Plague in India, 1896, 1897 - Volume 2
Year: 1896
Disease focus: Plague
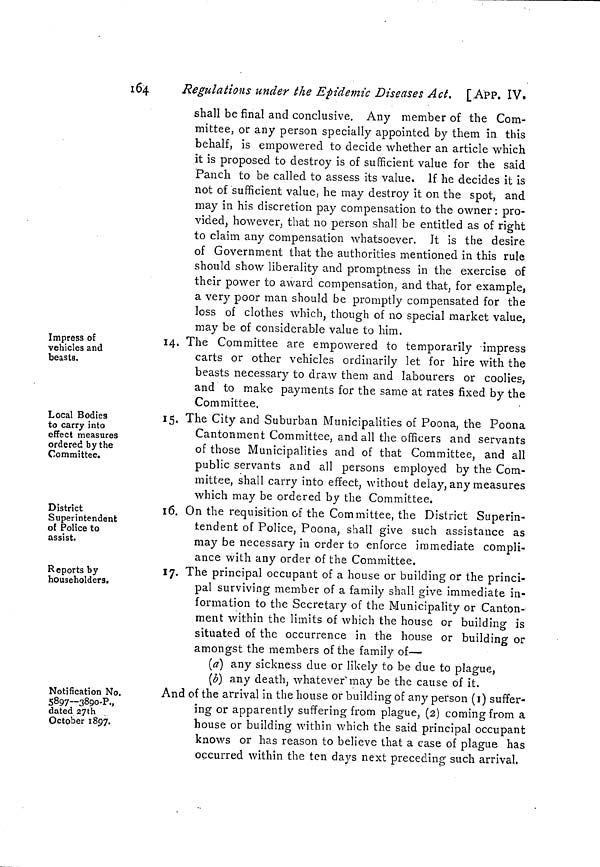
164
Regulations under the Epidemic Diseases Act. [,APP. IV.
shall be final and conclusive. Any member of the Com-
mittee, or any person specially appointed by them in this
behalf, is empowered to decide whether an article which
it is proposed to destroy is of sufficient value for the said
Panch to be called to assess its value. If he decides it is
not of sufficient value, he may destroy it on the spot, and
may in his discretion pay compensation to the owner: pro-
vided, however, that no person shall be entitled as of right
to claim any compensation whatsoever. It is the desire
of Government that the authorities mentioned in this rule
should show liberality and promptness in the exercise of
their power to award compensation, and that, for example,
a very poor man should be promptly compensated for the
loss of clothes which, though of no special market value,
may be of considerable value to him.
Impress of
vehicles and
beasts.
14. The Committee are empowered to temporarily -impress
carts or other vehicles ordinarily let for hire with the
beasts necessary to draw them and labourers or coolies,
and to make payments for the same at rates fixed by the
Committee.
Local Bodies
to carry into
effect measures
ordered by the
Committee.
15. The City and Suburban Municipalities of Poona, the Poona
Cantonment Committee, and all the officers and servants
of those Municipalities and of that Committee, and all
public servants and all persons employed by the Com-
mittee, shall carry into effect, without delay, any measures
which may be ordered by the Committee.
District
Superintendent
of Police to
assist.
16. On the requisition of the Committee, the District Superin-
tendent of Police, Poona, shall give such assistance as
may be necessary in order to enforce immediate compli-
ance with any order of the Committee.
Reports by
householders.
17. The principal occupant of a house or building or the princi-
pal surviving member of a family shall give immediate in-
formation to the Secretary of the Municipality or Canton-
ment within the limits of which the house or building is
situated of the occurrence in the house or building or
amongst the members of the family of—
(a) any sickness due or likely to be due to plague,
(b) any death, whatever may be the cause of it.
Notification No.
5897—3890-P.,
dated 27th
October 1897.
And of the arrival in the house or building of any person (1) suffer-
ing or apparently suffering from plague, (2) coming from a
house or building within which the said principal occupant
knows or has reason to believe that a case of plague has
occurred within the ten days next preceding such arrival.